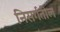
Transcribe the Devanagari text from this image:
निसर्गतील